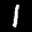
Label: 1